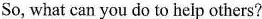
So, what can you do to help others?